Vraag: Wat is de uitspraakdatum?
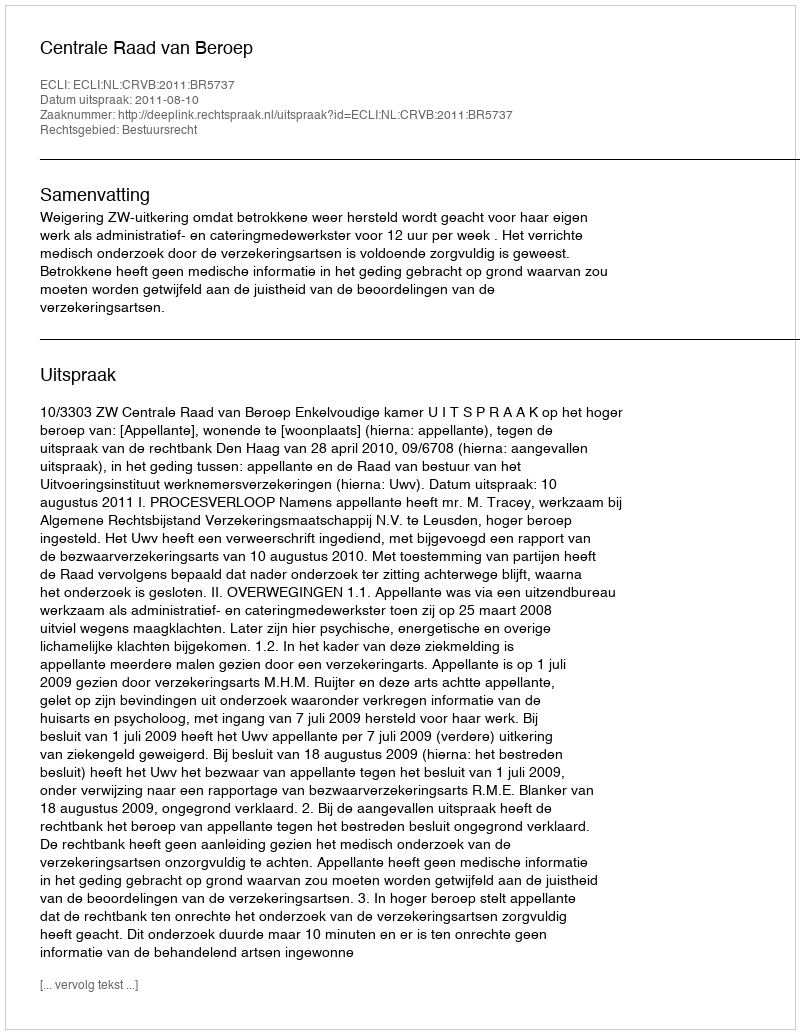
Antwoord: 2011-08-10